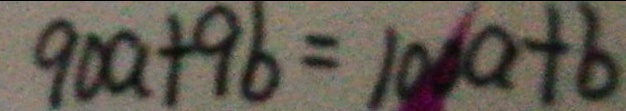
9 0 a + 9 b = 1 0 0 a + b